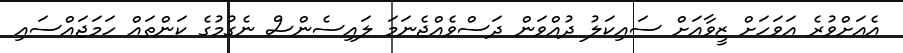
އެއަށްވުރެ އަވަހަށް ޒީވާއަށް ސައިކަލު ދުއްވަން ދަސްވެއްޖެނަމަ ލައިސެންސް ނެގުމުގެ ކަންތައް ހަމަޖައްސައި